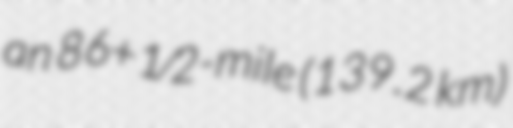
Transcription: an 86+1⁄2-mile (139.2 km)